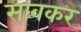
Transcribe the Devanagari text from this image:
सावकर